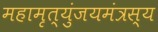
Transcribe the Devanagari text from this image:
महामृत्युंजयमंत्रस्य